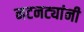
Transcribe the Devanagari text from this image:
नटनट्यांनी